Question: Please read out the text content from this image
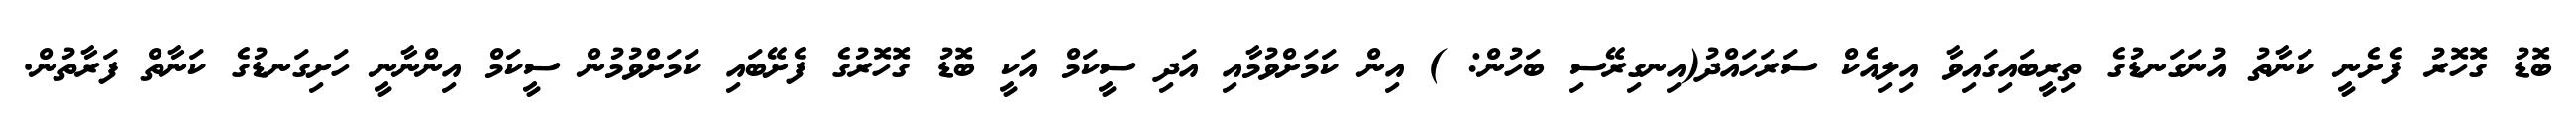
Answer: ބޮޑު ގޮހޮރު ފެށެނީ ކަނާތު އުނަގަނޑުގެ ތިރީބައިގައިވާ އިލިއެކް ސަރަހައްދު(އިނގިރޭސި ބަހުން: ) އިން ކަމަށްވުމާއި އަދި ސީކަމް އަކީ ބޮޑު ގޮހޮރުގެ ފެށޭބައި ކަމަށްވުމުން ސީކަމް އިންނާނީ ހަށިގަނޑުގެ ކަނާތް ފަރާތުން.